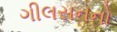
ગીલસનનો